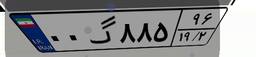
۵۷گ۲۱۷۱۰